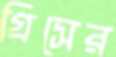
গ্রিসের